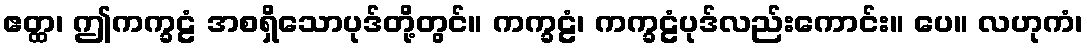
ဧတ္ထ၊ ဤကက္ခဠံ အစရှိသောပုဒ်တို့တွင်။ ကက္ခဠံ၊ ကက္ခဠံပုဒ်လည်းကောင်း။ ပေ။ လဟုကံ၊